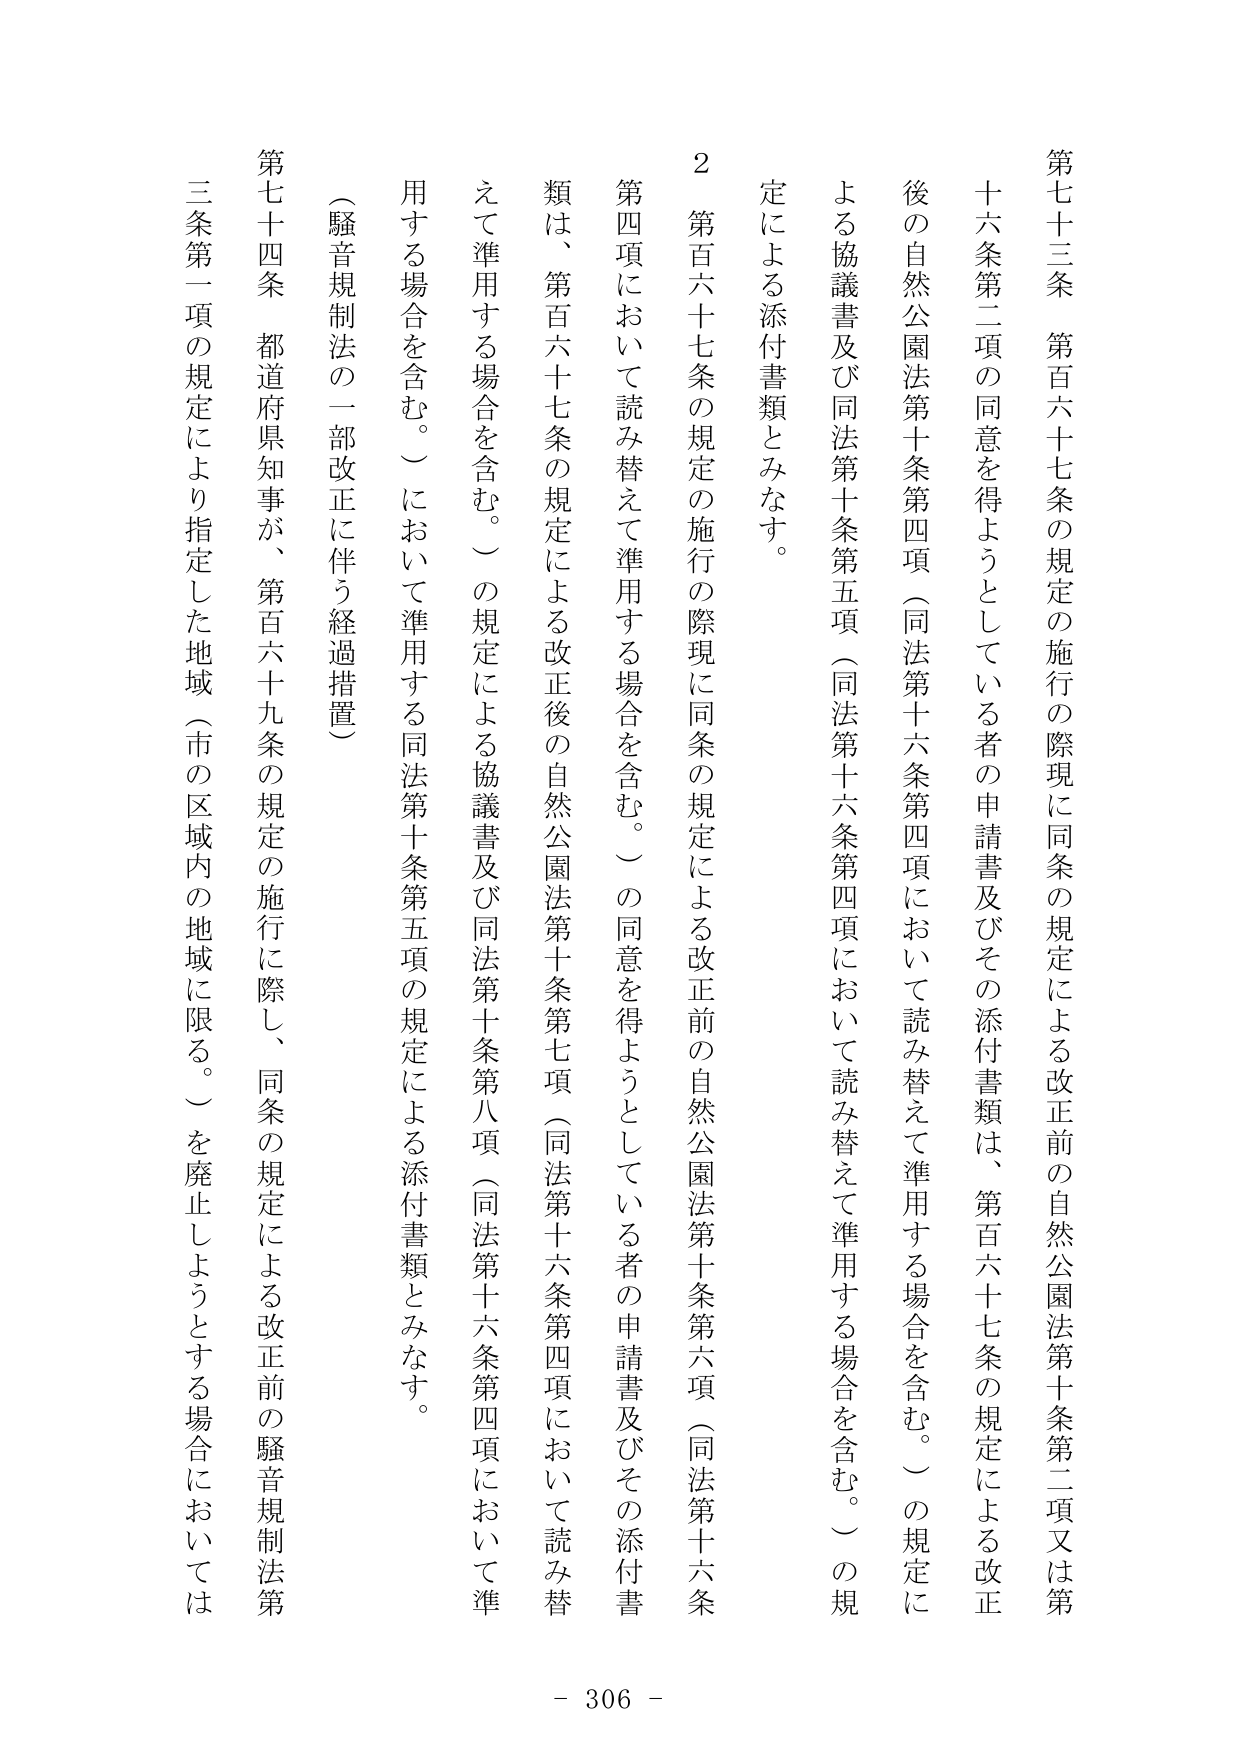
第七十三条　第百六十七条の規定の施行の際現に同条の規定による改正前の自然公園法第十条第二項又は第十六條第二項の同意を得ようとしている者の申請書及びその添付書類は、第百六十七条の規定による改正後の自然公園法第十条第四項（同法第十六条第四項において読み替えて準用する場合を含む。）の規定による協議書及び同法第十条第五項（同法第十六条第四項において読み替えて準用する場合を含む。）の規定による添付書類とみなす。

２　第百六十七条の規定の施行の際現に同条の規定による改正前の自然公園法第十条第六項（同法第十六条第四項において読み替えて準用する場合を含む。）の同意を得ようとしている者の申請書及びその添付書類は、第百六十七条の規定による改正後の自然公園法第十条第七項（同法第十六条第四項において読み替えて準用する場合を含む。）の規定による協議書及び同法第十条第八項（同法第十六条第四項において読み替えて準用する場合を含む。）の規定による添付書類とみなす。

（騒音規制法の一部改正に伴う経過措置）

第七十四条　都道府県知事が、第百六十九条の規定の施行に際し、同条の規定による改正前の騒音規制法第三条第一項の規定により指定した地域（市の区域内の地域に限る。）を廃止しようとする場合においては

- 306 -